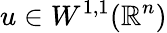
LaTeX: u\in W^{1,1}(\mathbb{R}^{n})